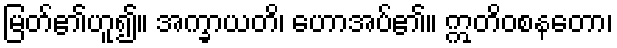
မြတ်၏ဟူ၍။ အက္ခာယတိ၊ ဟောအပ်၏။ ဣတိဝစနတော၊